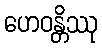
ဟေဝန္တိဿု